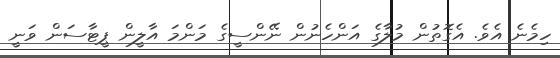
ހިމެނެ އެވެ. އެގޮތުން މުލާގެ އަންހެނުން ނޭންސީގެ މަންމަ އާލީން ޕީޓާސަން ވަނީ